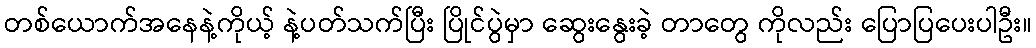
တစ်ယောက်အနေနဲ့ကိုယ့် နဲ့ပတ်သက်ပြီး ပြိုင်ပွဲမှာ ဆွေးနွေးခဲ့ တာတွေ ကိုလည်း ပြောပြပေးပါဦး။